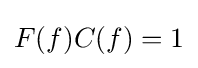
F(f)C(f)=1